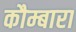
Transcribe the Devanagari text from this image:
कौम्बारा